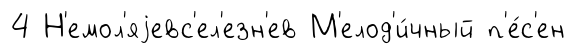
4 Н'емол'яjевс'ел'езн'ев М'елод'и́чный п'е́с'ен